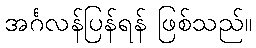
အင်္ဂလန်ပြန်ရန် ဖြစ်သည်။